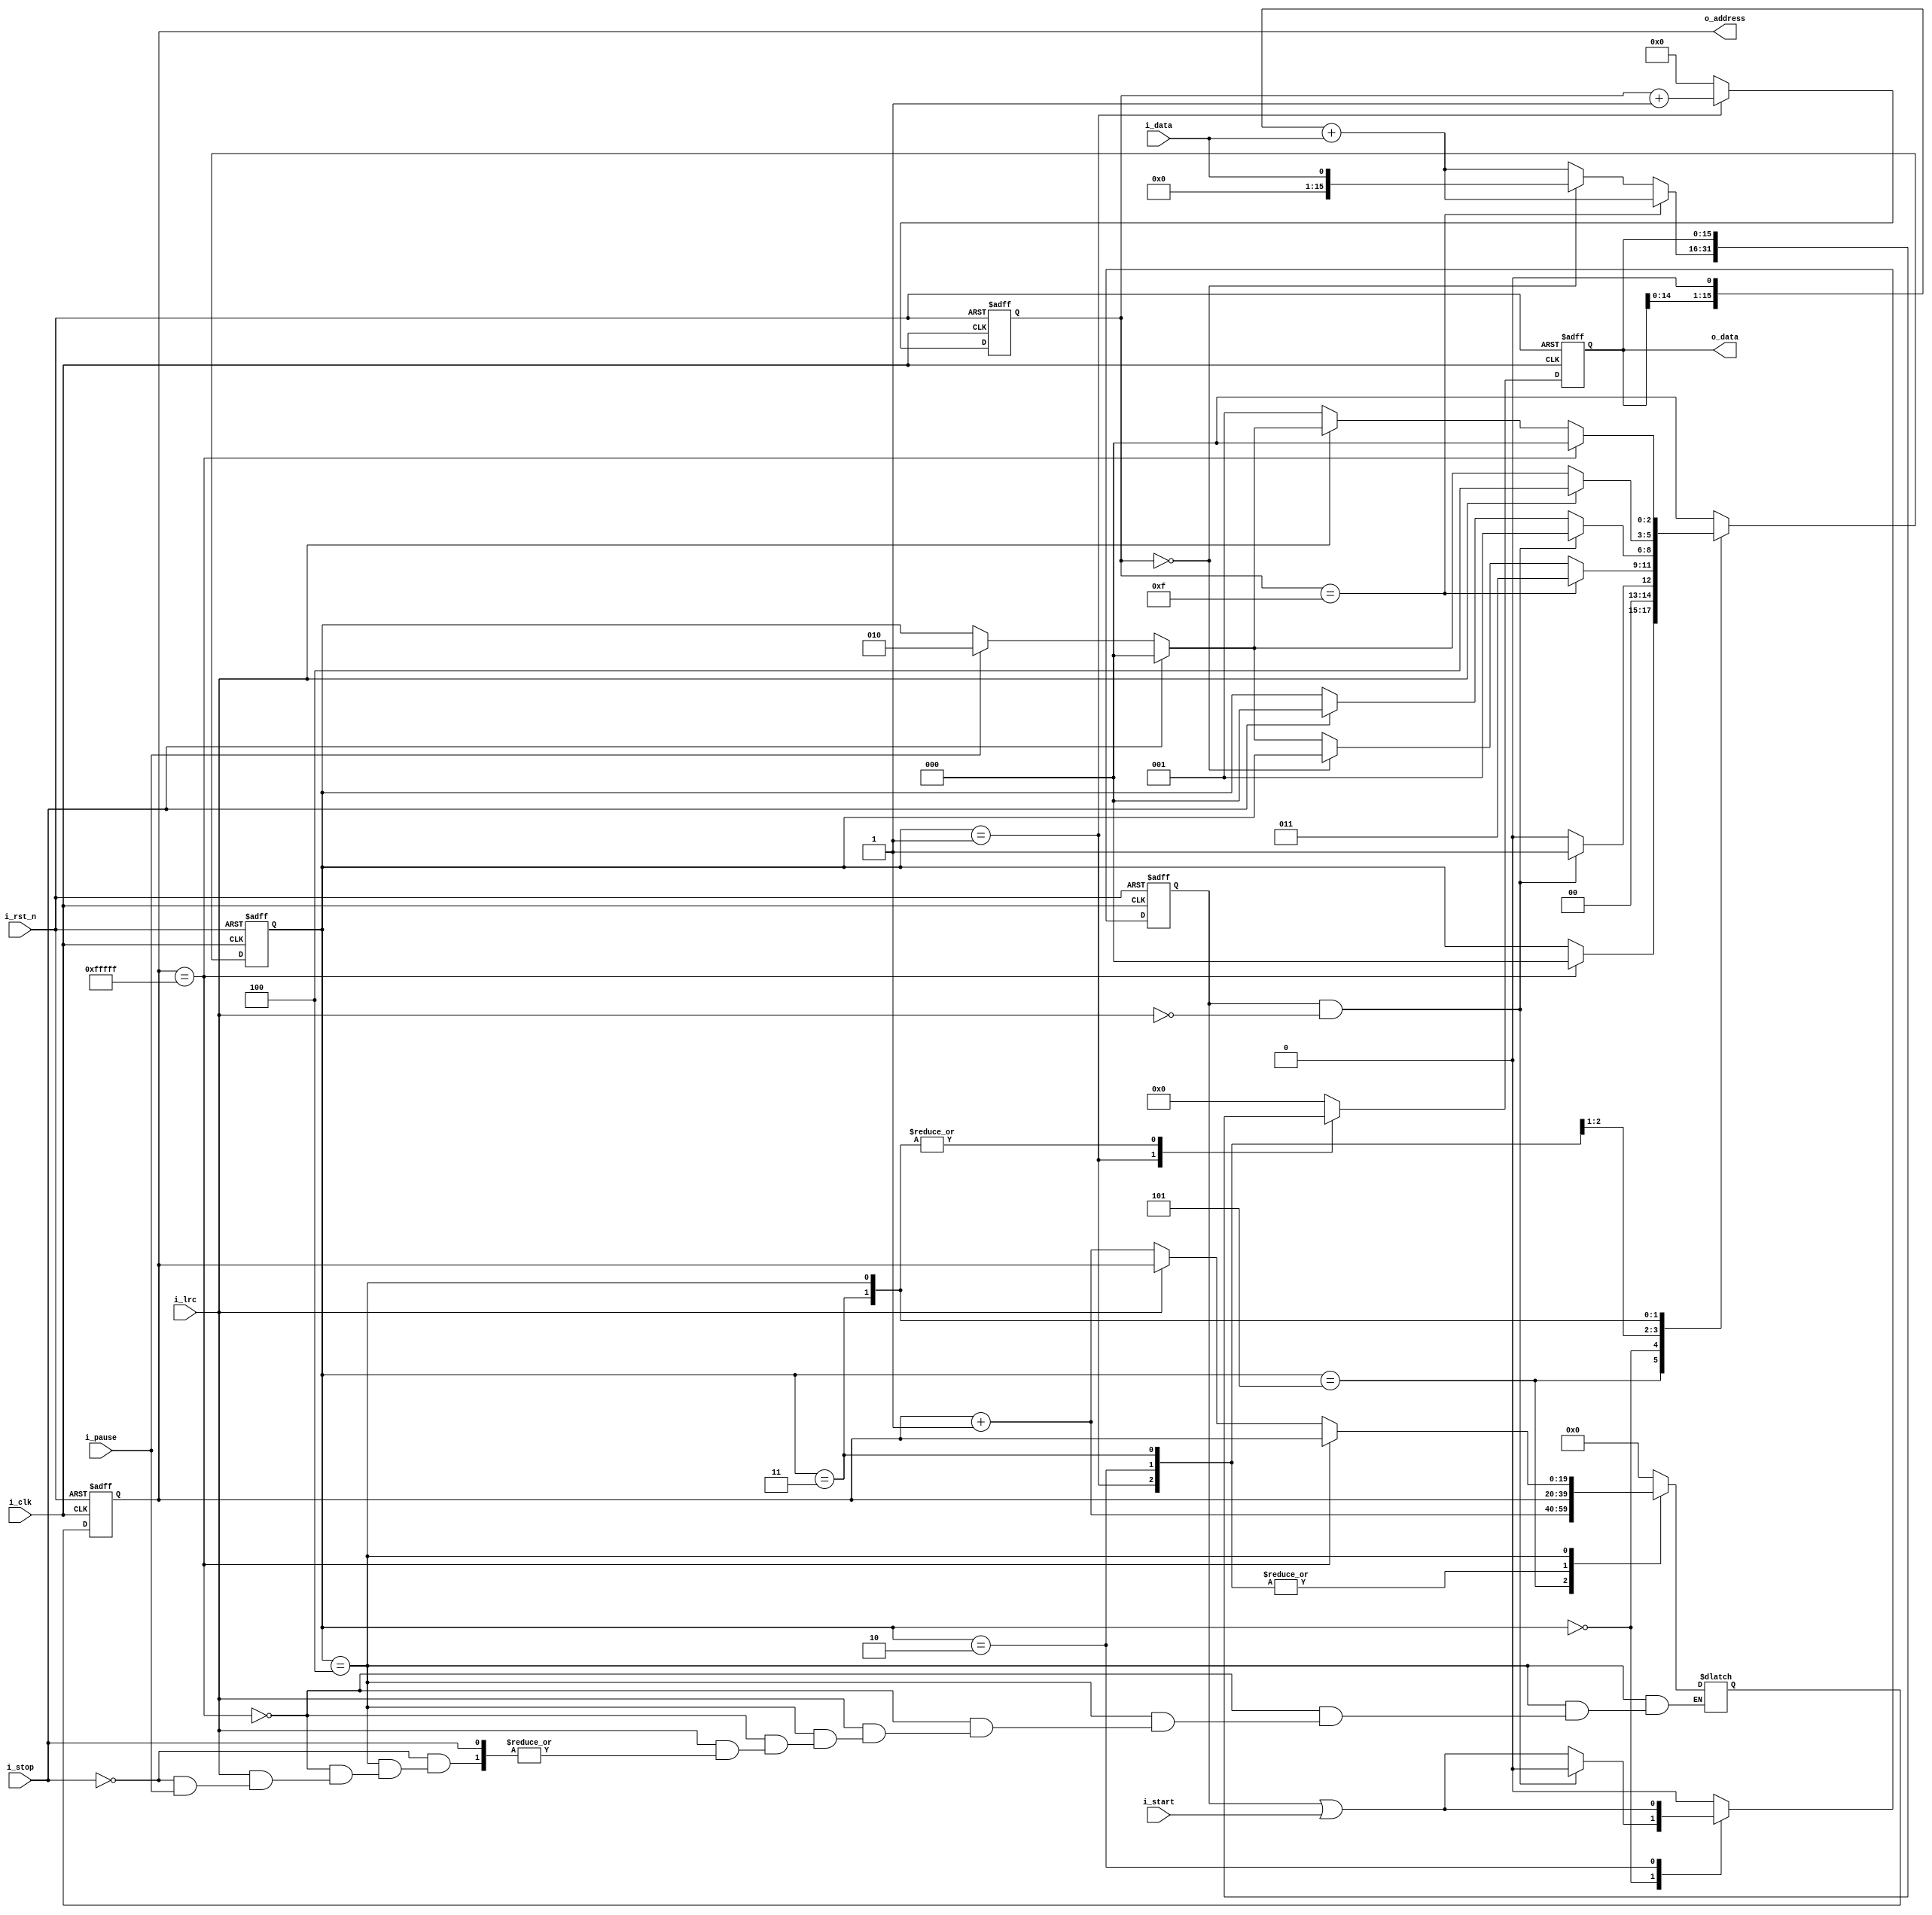
module AudRecorder(
	input i_rst_n, 
	input i_clk,
	input i_lrc,
	input i_start,
	input i_pause,
	input i_stop,
	input i_data,
	output [19:0] o_address,
	output [15:0] o_data
);

// output
reg [19:0] o_address_r;
reg [15:0] o_data_r;
assign o_address = o_address_r;
assign o_data = o_data_r;
reg [19:0] o_address_w;
reg [15:0] o_data_w;

// SRAM address 
reg [3:0] counter_w;
reg [3:0] counter_r;

// state
reg [2:0] state_w;
reg [2:0] state_r;
parameter STOP = 0; // not working
parameter START = 1; // receive data
parameter PAUSE = 2; // wait for start signal
parameter STORE = 3; // store the received data // TB checked
parameter IDLE = 4; // wait for next data
parameter CLEAR = 5;

// i_start_hold
reg i_start_hold_r;
reg i_start_hold_w;

always @(*) begin
    // determine next state & what to do accordingly
    case (state_r)
			CLEAR: begin
				counter_w = 0;
				o_address_w = o_address_r + 1;
				o_data_w = 0;
				i_start_hold_w = 0;
				if (o_address_r == 20'b11111111111111111111) 
					state_w = STOP;
				else 
					state_w = state_r;
			end
        STOP: begin
            counter_w = 0;
            o_address_w = 0;
            o_data_w = 0;
            if (i_start_hold_r && !i_lrc) begin
                i_start_hold_w = 0;
	            state_w = START;
	        end
	        else begin
                i_start_hold_w = i_start_hold_r || i_start;
	            state_w = STOP;
	        end
        end
        START: begin
            i_start_hold_w = 0;
            o_address_w = o_address_r;
            counter_w = counter_r + 1;
            if (counter_r == 15) begin
                state_w = STORE;
                o_data_w = (o_data_r << 1) + i_data;
            end
            else if (counter_r == 0) begin 
                state_w = state_r;
                o_data_w = i_data;
            end
            else if (i_stop) begin
                state_w = STOP;
                o_data_w = (o_data_r << 1) + i_data;
            end
            else if (i_pause) begin
                state_w = PAUSE;
                o_data_w = (o_data_r << 1) + i_data;
            end
            else begin
                state_w = state_r;
                o_data_w = (o_data_r << 1) + i_data;
            end
	    end

        PAUSE: begin
            i_start_hold_w = i_start_hold_r || i_start;
            counter_w = 0;
            o_address_w = o_address_r;
            o_data_w = 0;
            if (i_start_hold_r && !i_lrc) begin
                state_w = START;
            end
            else if (i_stop) begin
                state_w = STOP;
            end
            else begin
                state_w = state_r;
            end
	    end

        STORE: begin
            i_start_hold_w = 0;
            o_data_w = o_data_r;
            counter_w = 0;
            o_address_w = o_address_r;
            if (i_lrc == 1) begin 
                state_w = IDLE;
            end
            else if (i_stop) begin
                state_w = STOP;
            end
            else if (i_pause) begin
                state_w = PAUSE;
            end
            else begin
                state_w = state_r;
            end
        end

        IDLE: begin
            i_start_hold_w = 0;
            if (o_address_r == 20'b11111111111111111111) begin
                state_w = STOP;
                o_address_w = o_address_r;
            end
            else if (i_lrc == 0) begin  
                state_w = START;
                o_address_w = o_address_r + 1;
            end
            else if (i_stop) begin
                state_w = STOP;
            end
            else if (i_pause) begin
                state_w = PAUSE;
            end
            else begin
                state_w = state_r;
                o_address_w = o_address_r;
            end
            counter_w = 0;
            o_data_w = o_data_r;
        end
        
        // only if bugs exist will it go to default block
	    default: begin 
            i_start_hold_w = 0;
            state_w = STOP;
            counter_w = 0;
            o_address_w = 0;
            o_data_w = 0;
        end
    endcase
end

always @(posedge i_clk or negedge i_rst_n) begin
    if (!i_rst_n) begin
        o_address_r <= 0;
        o_data_r <= 0;
        counter_r <= 0;
        state_r <= CLEAR;
        i_start_hold_r <= 0;
    end
    else begin
        o_address_r <= o_address_w;
        o_data_r <= o_data_w;
        counter_r <= counter_w;
        state_r <= state_w;
        i_start_hold_r <= i_start_hold_w;
    end
end

endmodule